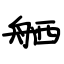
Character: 舾